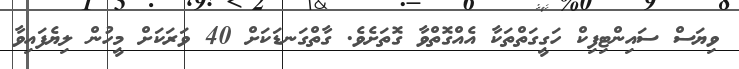
ވިޔަސް ސައިންޓިފިކް ހަގީގަތްތަކާ އެއްގޮތްވާ ގޮތަށެވެ. ގާތްގަނޑަކަށް 40 ވަރަކަށް މީހުން ލިޔެފައިވާ